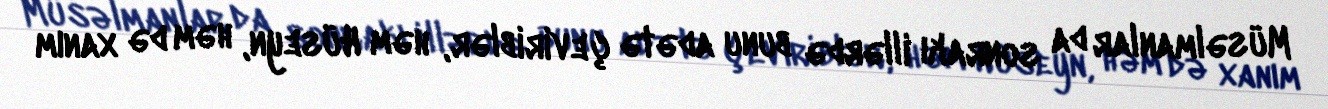
Müsəlmanlar da sonrakı illərdə bunu adətə çeviriblər, həm Hüseyn, həm də xanım